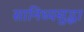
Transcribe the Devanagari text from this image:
सानिध्यसुद्धा